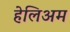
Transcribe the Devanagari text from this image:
हेलिअम